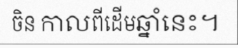
ចិន កាលពីដើមឆ្នាំនេះ។